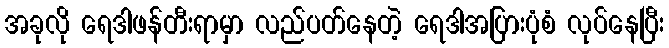
အခုလို ရေဒါဖန်တီးရာမှာ လည်ပတ်နေတဲ့ ရေဒါအပြားပုံစံ လုပ်နေပြီး